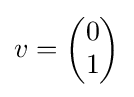
v={\begin{pmatrix}0\\1\end{pmatrix}}